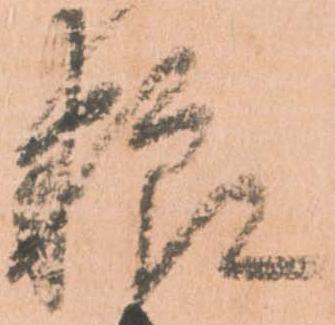
粮